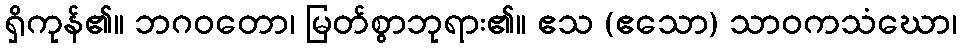
ရှိကုန်၏။ ဘဂဝတော၊ မြတ်စွာဘုရား၏။ ဧသ (ဧသော) သာဝကသံဃော၊